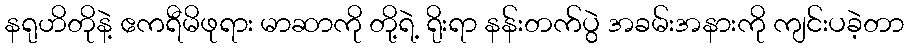
နရုဟိတိုနဲ့ ဧကရီမိဖုရား မာဆာကို တို့ရဲ့ ရိုးရာ နန်းတက်ပွဲ အခမ်းအနားကို ကျင်းပခဲ့တာ